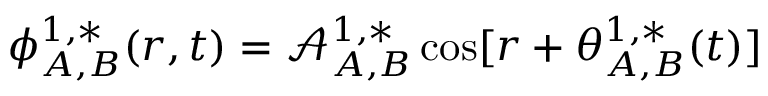
\phi _ { A , B } ^ { 1 , * } ( r , t ) = \mathcal { A } _ { A , B } ^ { 1 , * } \cos [ r + \theta _ { A , B } ^ { 1 , * } ( t ) ]